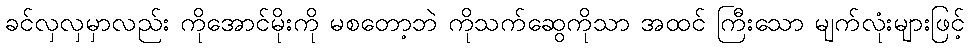
ခင်လှလှမှာလည်း ကိုအောင်မိုးကို မစတော့ဘဲ ကိုသက်ဆွေကိုသာ အထင် ကြီးသော မျက်လုံးများဖြင့်